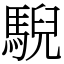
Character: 䮘